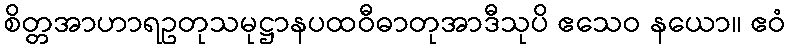
စိတ္တအာဟာရဥတုသမုဋ္ဌာနပထဝီဓာတုအာဒီသုပိ ဧသေဝ နယော။ ဧဝံ